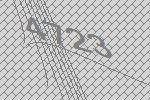
4723